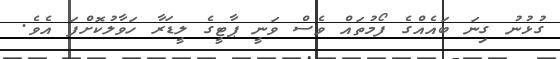
ގުޅުނު ގިނަ ބައެއްގެ ފޯމުތައް ވެސް ވަނީ ޕާޓީގެ ލީޑަރާ ހަވާލުކޮށްފަ އެވެ.